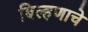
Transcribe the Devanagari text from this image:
बिल्हणाचे